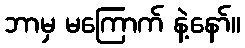
ဘာမှ မကြောက် နဲ့နော်။